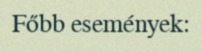
Főbb események: